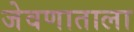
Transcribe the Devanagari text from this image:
जेवणाताला